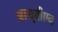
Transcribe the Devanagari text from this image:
आय्‌बीएन